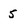
Character: 5